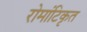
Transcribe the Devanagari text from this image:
रोमांटिकृत